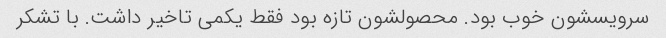
سرویسشون خوب بود. محصولشون تازه بود فقط یکمی تاخیر داشت. با تشکر